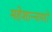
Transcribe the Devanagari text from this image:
महेशान्नापरो